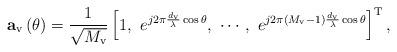
LaTeX: \begin{align*}\mathbf{a}_{\mathrm{v}}\left(\theta\right) = \frac{1}{\sqrt{M_{\mathrm{v}}}}\left[1, \,\, e^{j2\pi \frac{d_{\mathrm{v}}}{\lambda}\cos\theta}, \,\, \cdots, \,\, e^{j2\pi \left(M_{\mathrm{v}}-1\right)\frac{d_{\mathrm{v}}}{\lambda}\cos\theta}\right]^{\mathrm{T}},\end{align*}